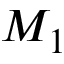
M _ { 1 }